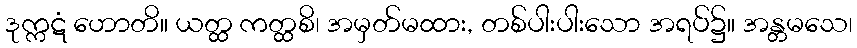
ဒုက္ကဋံ ဟောတိ။ ယတ္ထ ကတ္ထစိ၊ အမှတ်မထား, တစ်ပါးပါးသော အရပ်၌။ အန္တမသေ၊